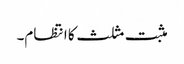
مثبت مثلث کا انتظام۔